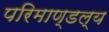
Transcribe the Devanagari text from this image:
परिमाण्डल्य